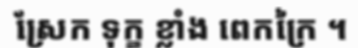
ស្រែក ទុក្ខ ខ្លាំង ពេកក្រៃ ។